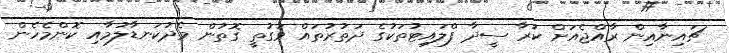
ޗައިނާއިން ރާއްޖެއަށް ކުރާ ސީދާ ފްލައިޓުތަކުގެ ދަތުރުތައް ވަގުތީ ގޮތުން މެދުކަނޑާލުމާއި ކޮންމެހެން